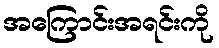
အကြောင်းအရင်းကို